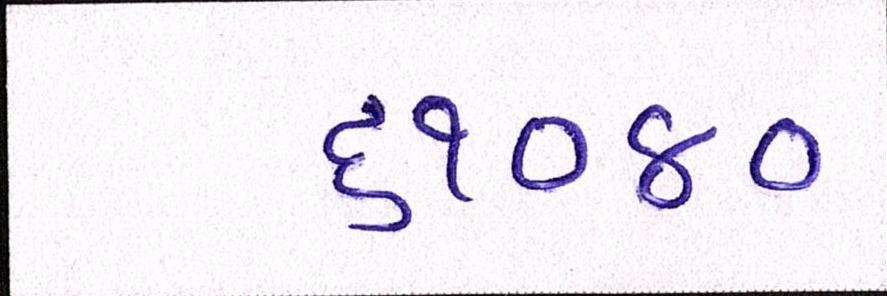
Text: ૬૧૦૪૦